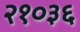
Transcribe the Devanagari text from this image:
२१०३६